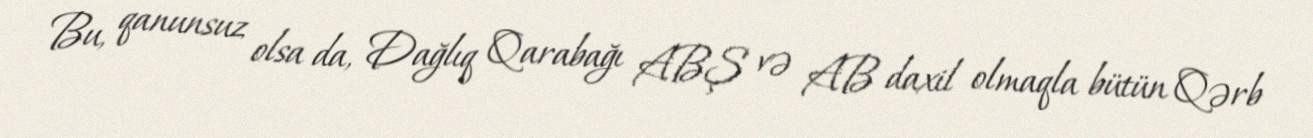
Bu, qanunsuz olsa da, Dağlıq Qarabağı ABŞ və AB daxil olmaqla bütün Qərb